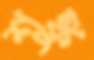
শঙ্কু